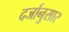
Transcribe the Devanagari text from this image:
दर्जानुसार